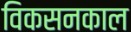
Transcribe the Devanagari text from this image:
विकसनकाल